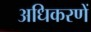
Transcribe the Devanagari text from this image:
अधिकरणें